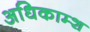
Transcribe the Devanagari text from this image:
अधिकाम्श